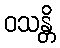
ဝသန္တိ